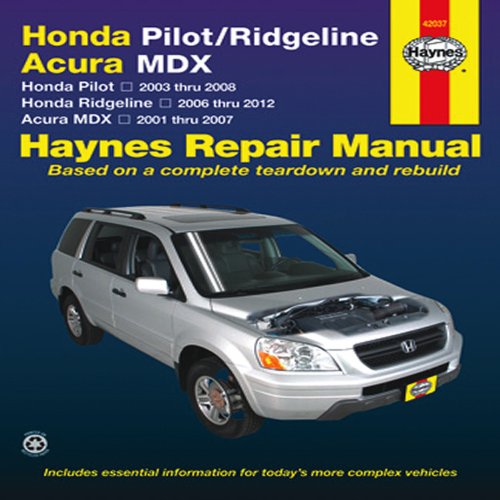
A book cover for Honda Pilot/Ridgeline, Acura MDX: Honda Pilot 2003 thru 2008, Honda Ridgeline 2006 thru 2012, Acura MDX 2001 thru 2007 (Haynes Repair Manual); Editors of Haynes Manuals; Engineering & Transportation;